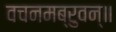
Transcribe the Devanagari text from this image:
वचनमब्रुवन्॥